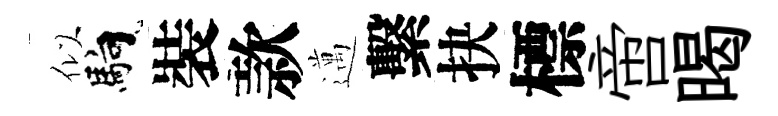
似馿裝款邁繫抉標啻暍